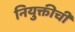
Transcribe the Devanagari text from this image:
नियुक्तीची